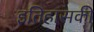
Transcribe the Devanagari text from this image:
इतिहासकी